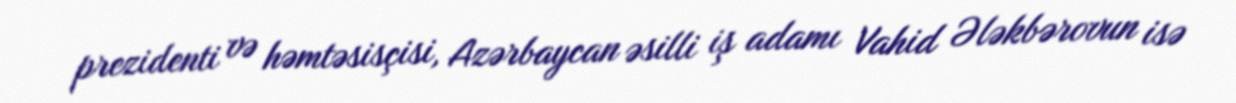
prezidenti və həmtəsisçisi, Azərbaycan əsilli iş adamı Vahid Ələkbərovun isə